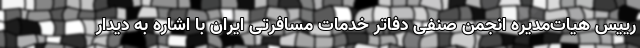
رییس هیات‌مدیره انجمن صنفی دفاتر خدمات مسافرتی ایران با اشاره به دیدار